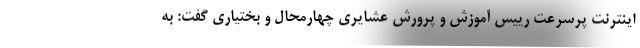
اینترنت پرسرعت رییس آموزش و پرورش عشایری چهارمحال و بختیاری گفت: به